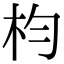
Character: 枃